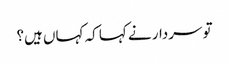
تو سردار نے کہا کہ کہاں ہیں؟